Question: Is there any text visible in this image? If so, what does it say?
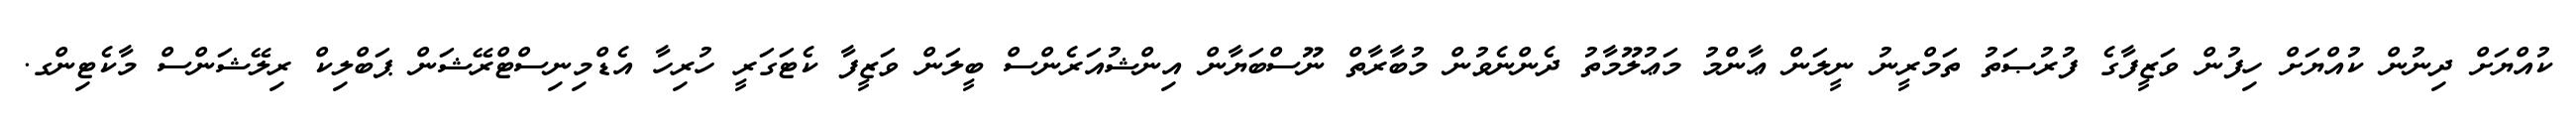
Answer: ކުއްޔަށް ދިނުން ކުއްޔަށް ހިފުން ވަޒީފާގެ ފުރުޞަތު ތަމްރީނު ނީލަން ޢާންމު މަޢުލޫމާތު ދެންނެވުން މުބާރާތް ނޫސްބަޔާން އިންޝުއަރެންސް ބީލަން ވަޒީފާ ކެޓަގަރީ ހުރިހާ އެޑްމިނިސްޓްރޭޝަން ޕަބްލިކް ރިލޭޝަންސް މާކެޓިންގ.